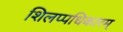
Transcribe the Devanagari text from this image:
शिलप्पधिकारम्‌